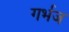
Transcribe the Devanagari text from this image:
गर्भज